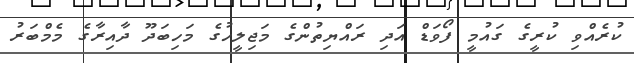
ކުރެއްވި ކުރީގެ ގައުމީ ފޯވަޑް އަދި ރައްޔިތުންގެ މަޖިލީހުގެ މަހިބަދޫ ދާއިރާގެ މެމްބަރު